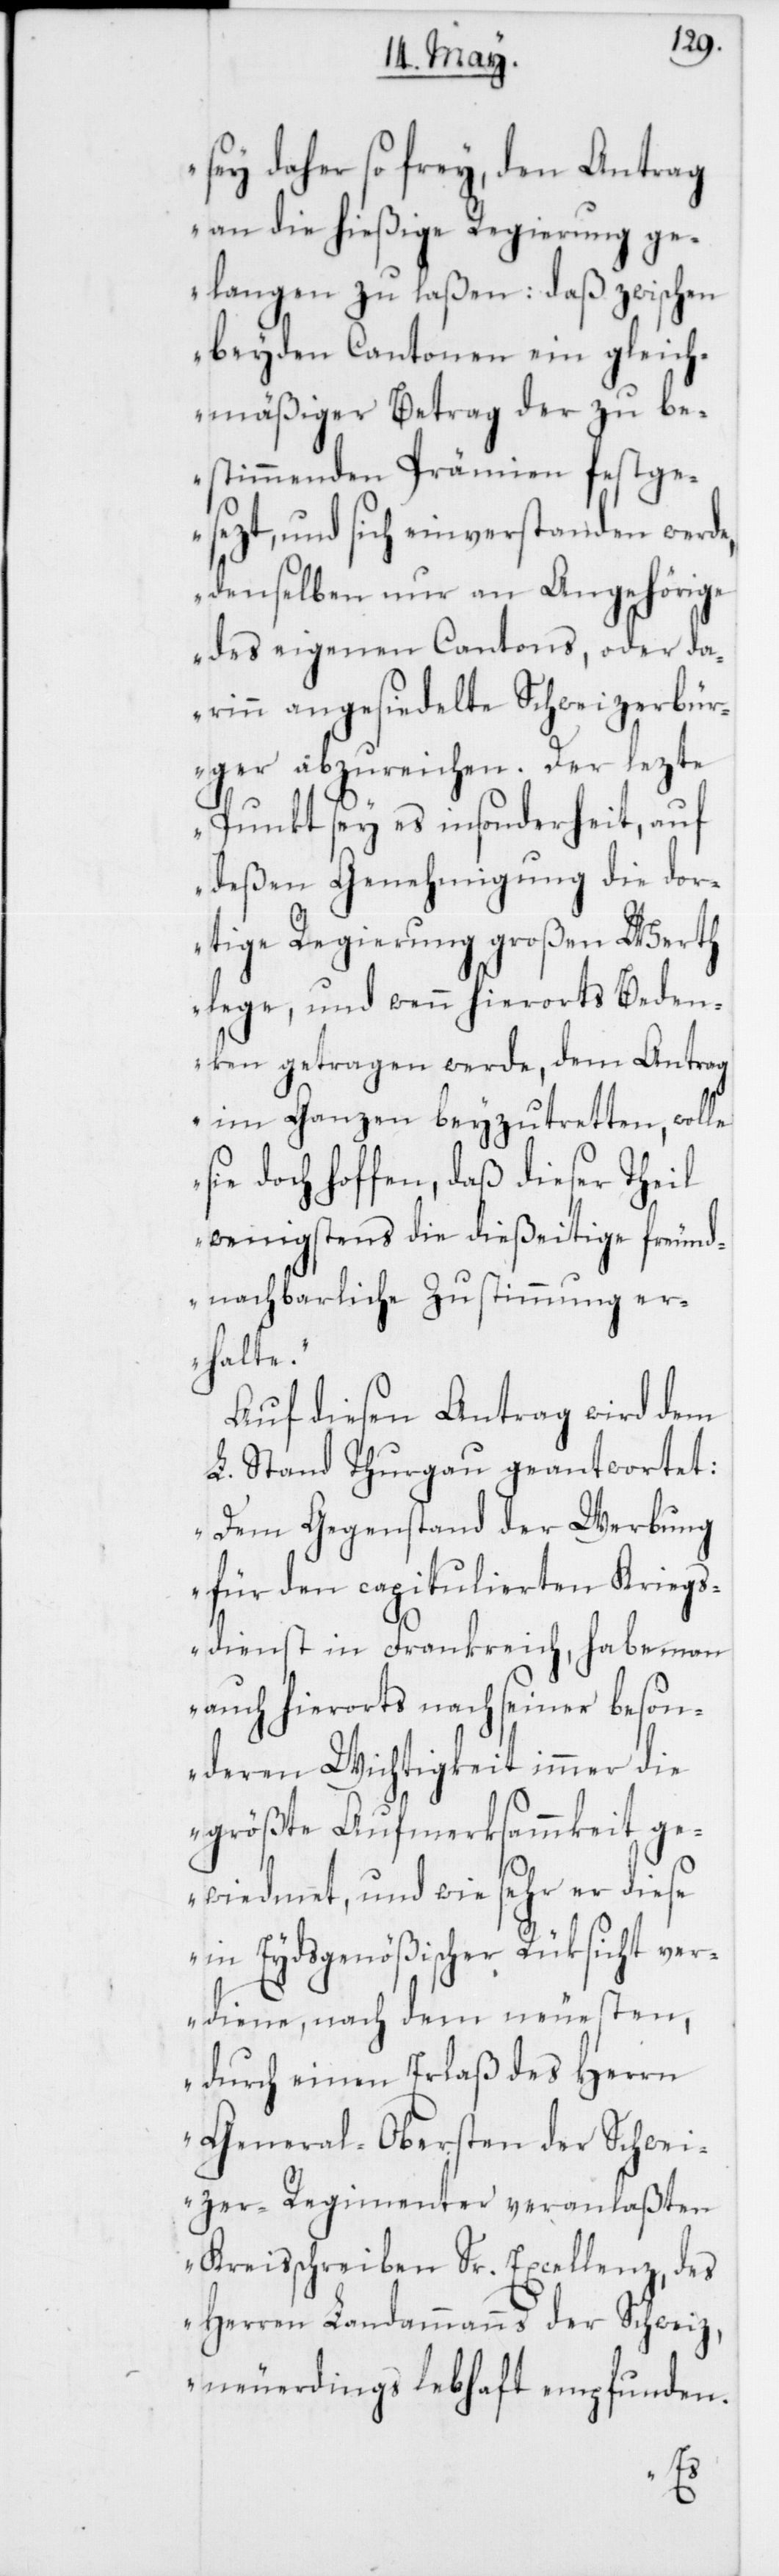
sey daher so frey, den Antrag
an die hießige Regierung ge¬
langen zu laßen: daß zwischen
beyden Cantonen ein gleich¬
mäßiger Betrag der zu be¬
stimmenden Prämien festge¬
sezt, und sich einverstanden werde,
denselben nur an Angehörige
des eigenen Cantons, oder da¬
rinn angesiedelte Schweizerbür¬
ger abzureichen. Der lezte
Punkt sey es insonderheit, auf
deßen Genehmigung die dor¬
tige Regierung großen Werth
lege, und wenn hierorts Beden¬
ken getragen werde, dem Antrag
im Ganzen beyzutretten, wolle
sie doch hoffen, daß dieser Theil
wenigstens die dießeitige freund¬
nachbarliche Zustimmung er¬
halte.“
Auf diesen Antrag wird dem
L. Stand Thurgau geantwortet:
„Dem Gegenstand der Werbung
für den capitulierten Kriegs¬
dienst in Frankreich, habe man
auch hierorts nach seiner beson¬
deren Wichtigkeit immer die
größte Aufmerksammkeit ge¬
widmet, und wie sehr er diese
in Eydsgenößischer Rüksicht ver¬
diene, nach dem neuesten,
durch einen Erlaß des Herrn
General-Obersten der Schwei¬
zer-Regimenter veranlaßten
Kreisschreiben Sr. Excellenz, des
Herrn Landammanns der Schweiz,
neuerdings lebhaft empfunden.